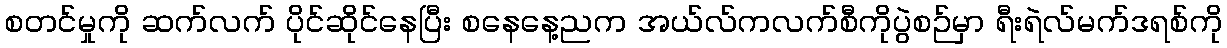
စတင်မှုကို ဆက်လက် ပိုင်ဆိုင်နေပြီး စနေနေ့ညက အယ်လ်ကလက်စီကိုပွဲစဉ်မှာ ရီးရဲလ်မက်ဒရစ်ကို